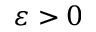
\varepsilon > 0